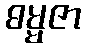
ဓမ္မဇာ